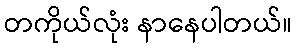
တကိုယ်လုံး နာနေပါတယ်။